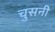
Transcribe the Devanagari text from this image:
चुसनी